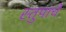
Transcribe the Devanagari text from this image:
स्तुपाचे